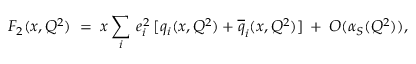
F _ { 2 } ( x , Q ^ { 2 } ) \; = \; x \sum _ { i } \: e _ { i } ^ { 2 } \: [ q _ { i } ( x , Q ^ { 2 } ) + \overline { { { q } } } _ { i } ( x , Q ^ { 2 } ) ] \: + \: O ( \alpha _ { S } ( Q ^ { 2 } ) ) ,